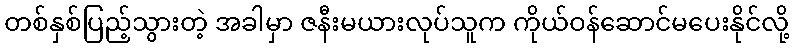
တစ်နှစ်ပြည့်သွားတဲ့ အခါမှာ ဇနီးမယားလုပ်သူက ကိုယ်ဝန်ဆောင်မပေးနိုင်လို့